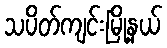
သပိတ်ကျင်းမြို့နယ်